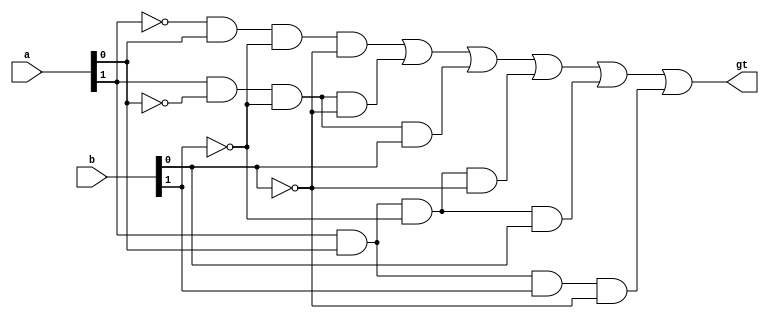
`timescale 1ns / 1ps
//////////////////////////////////////////////////////////////////////////////////
// Company: Davis Semiconductor
// 
// Design Name: 
// Module Name: two_bit_inequality
// Project Name: 
// Target Devices: Arty A7-35T
// Tool Versions: Vivado 2020.1
// Description: Compares 2 2-bit binary numbers A and B, returns 1 if A > B
// 
// Dependencies: 
// 
// Revision:
// Revision 0.01 - File Created
// Additional Comments:
//  On target board:
// SW0: a[0] low order bit of A
// SW1: a[1] high order bit of A
// SW2: b[0] low order bit of B
// SW3: b[1] high order bit of B
//
//////////////////////////////////////////////////////////////////////////////////


module two_bit_inequality(input [1:0] a, b, output gt);

//             a       b       c       d
assign gt = (~a[1] & a[0]  & ~b[1] & ~b[0]) | 
            (a[1]  & ~a[0] & ~b[1] & ~b[0]) |
				(a[1]  & ~a[0] & ~b[1] & b[0])  |
				(a[1]  & a[0]  & ~b[1] & ~b[0]) |
				(a[1]  & a[0]  & ~b[1] & b[0])  |
				(a[1]  & a[0]  & b[1]  & ~b[0]);


endmodule